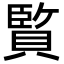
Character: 𮚕